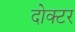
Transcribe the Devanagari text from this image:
दोक्टर